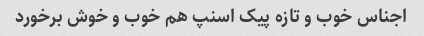
اجناس خوب و تازه پیک اسنپ هم خوب و خوش برخورد